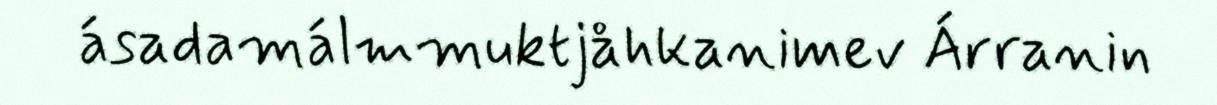
ásadamálmmuktjåhkanimev Árranin